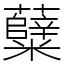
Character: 糵